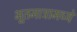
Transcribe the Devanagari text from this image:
भूतमात्रामध्ये